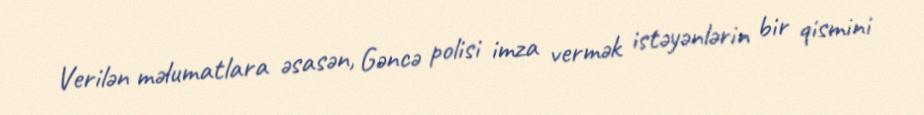
Verilən məlumatlara əsasən, Gəncə polisi imza vermək istəyənlərin bir qismini